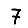
Digit: 7